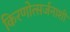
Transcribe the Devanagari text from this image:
किरणोत्सर्जनाशी